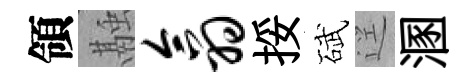
領融翕挼碔逕溷